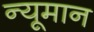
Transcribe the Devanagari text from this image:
न्यूमान